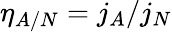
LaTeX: \eta_{A/N}=j_{A}/j_{N}